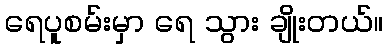
ရေပူစမ်းမှာ ရေ သွား ချိုးတယ်။